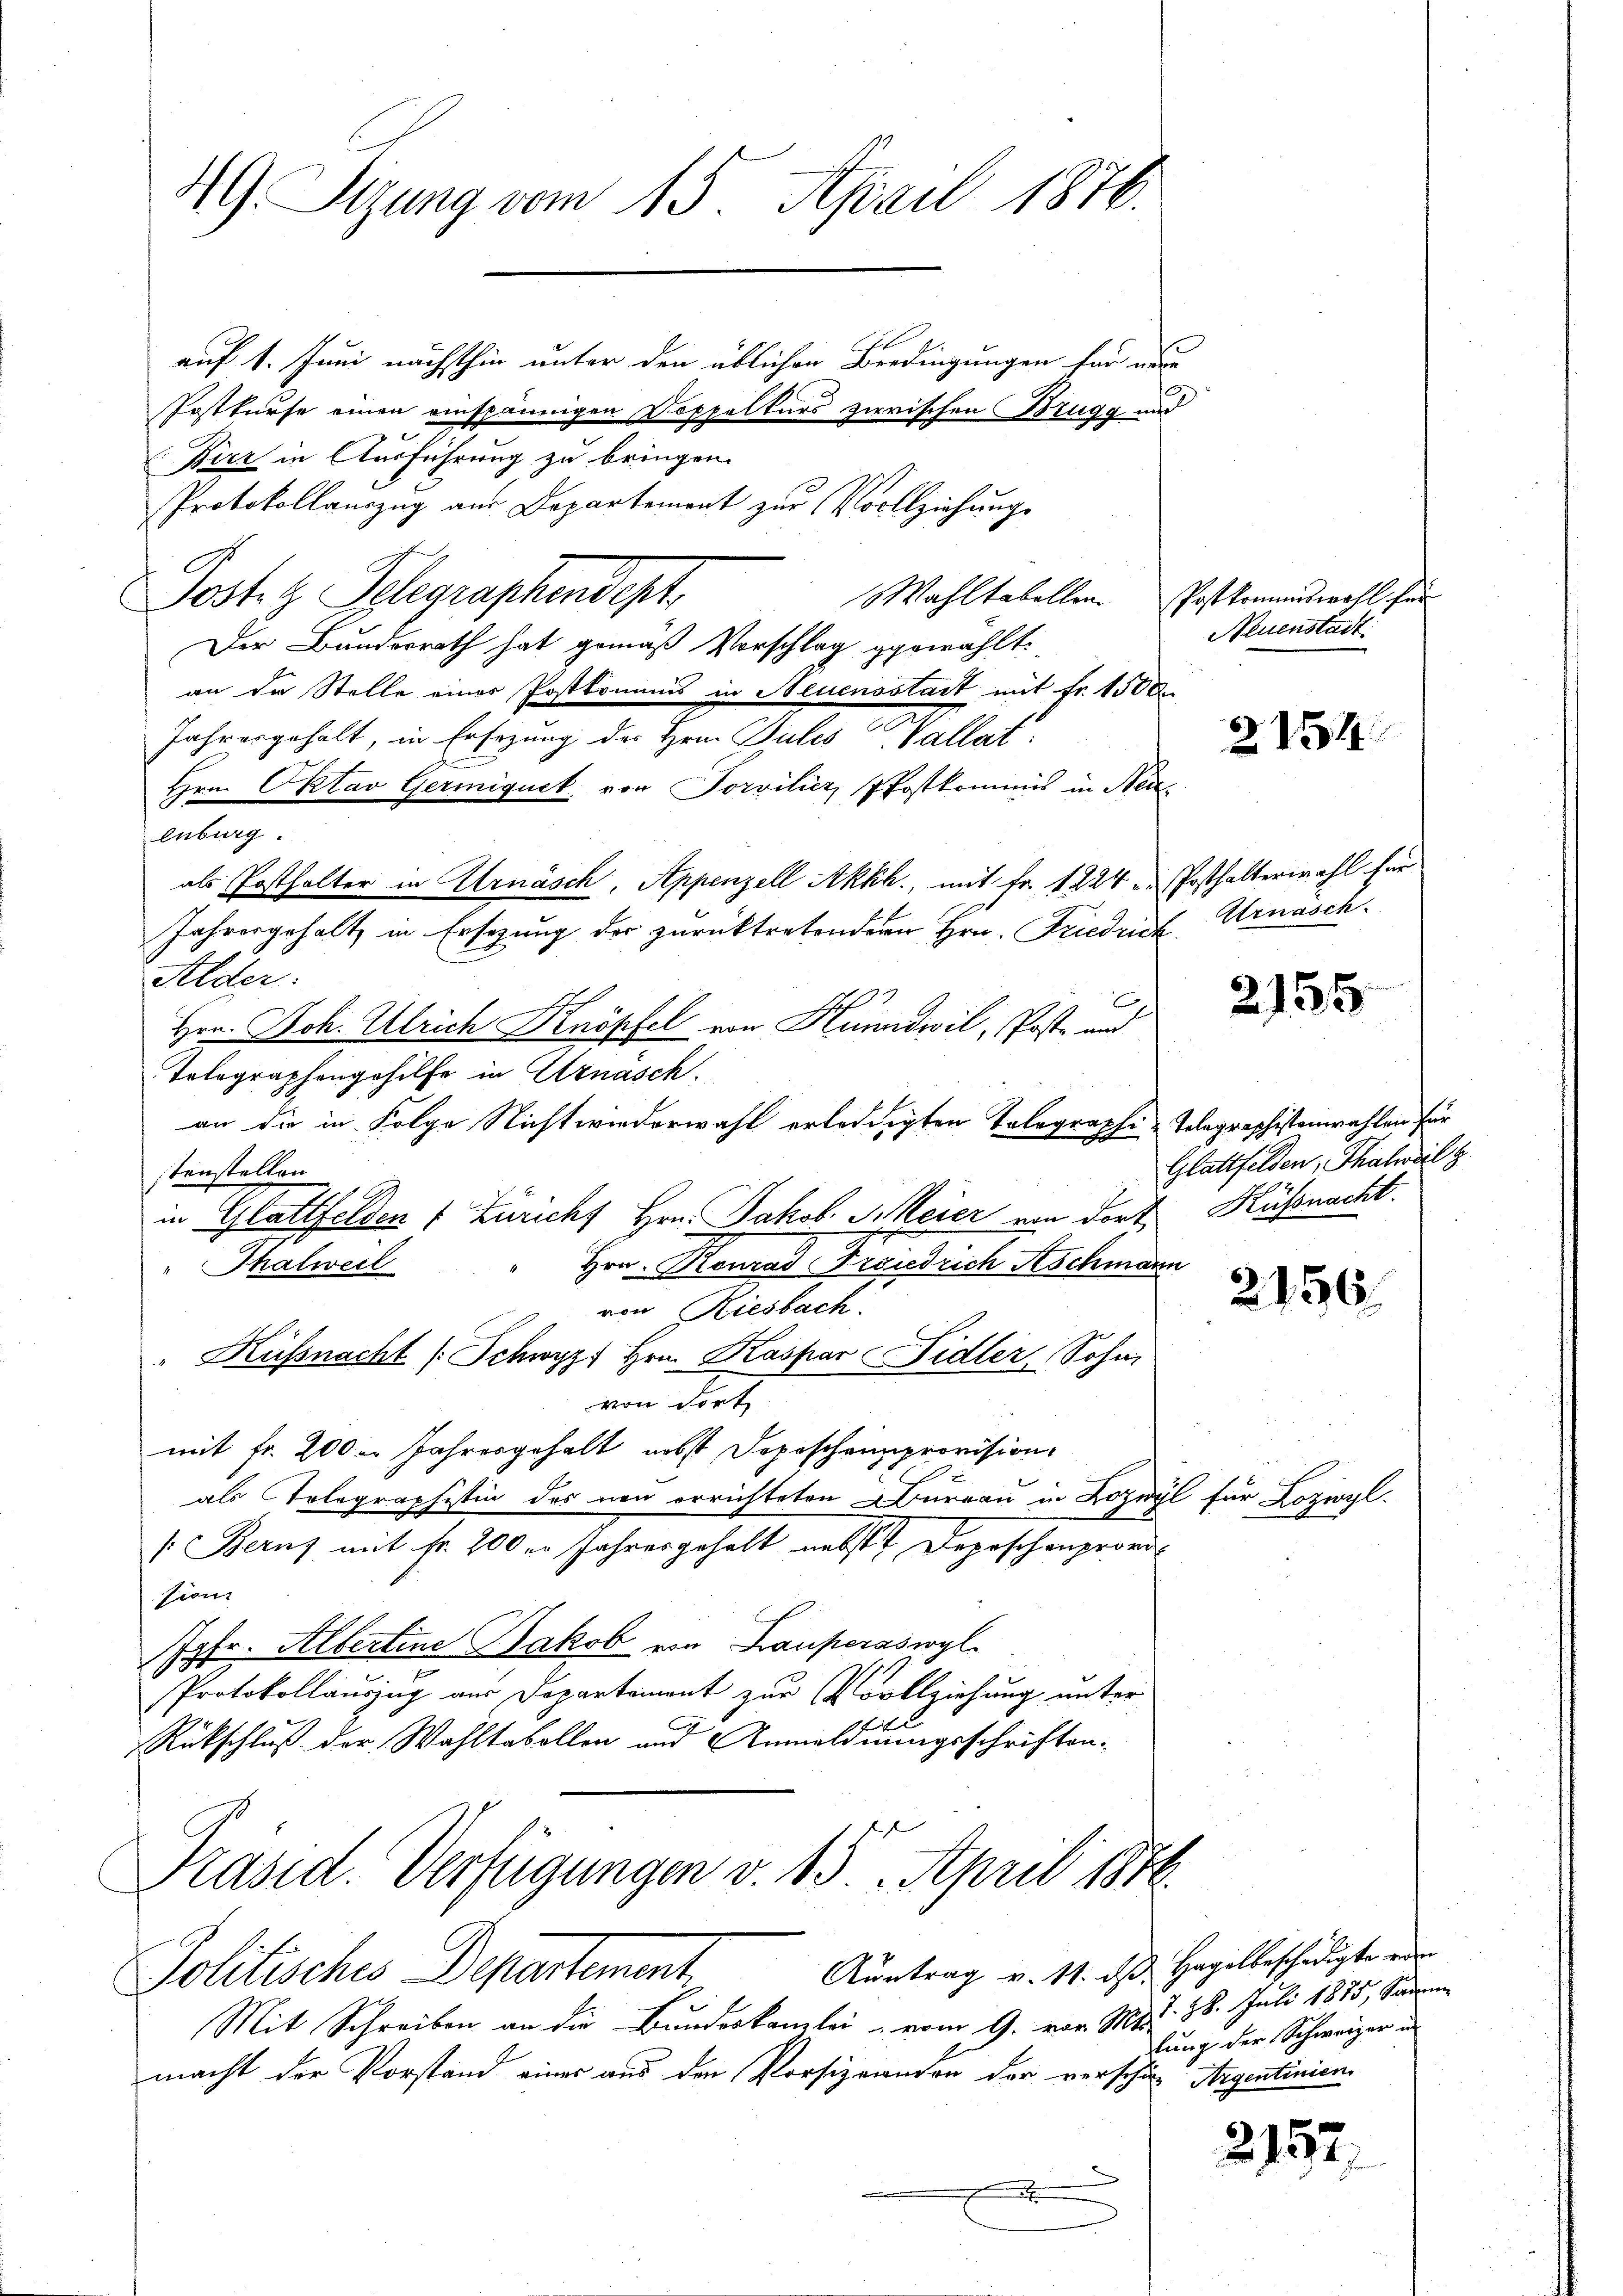
49 Sizung vom 15. April 1876.

Birz in Ausführung zu bringen.
Protokollauszug aus Departement zur Vollziehung
Post z. Telegraphendest
Wahltabellen. Postkommswohl für
Der Bundesrath hat gemäß Vorschlag gewählt:
an da Stelle einer Postkommis in Neuensstadt mit Fr. 1500
Jahresgehalt, in Ersezung des Hrn. Pules Wallat
Hrn. Oktav Germiquet von Sorviliez, Postkommis in Neuenburg.
als Posthalter in Arnäsch, Appenzell Akkh., mit Fr. 1224 u. Posthalterwahl für
Jahresgehalt in Ersezung der zurücktretenderer Hrn. Friedrich, Urnäsch.
Alder.
Hrn. Joh. Ulrich Knöpfel von Hundwil, Post- und
Tolographengehilfe in Uznasch.
an die in Folge Nicht wiederwahl erledigten Tolographi-Telegraphistenwahlen für
stenstellen
in Glattfelden 1 Züricht Hrn. Jakob. Meier von dort
Hrn. Konrad Friedrich Aschmann
 Thalweil
von Riesbach.
" Küssnacht (Schwyz. Hrn. Kaspar Fidler, Sohn,
von dort
mit fr. 200 Jahresgehalt nebst Depeschenzprovision
als Telegraphistin des neu errichteten Bureau in Lozwyl für Lozioy
(Berns mit fr. 200 er Jahresgehalt nebst Depeschenprovi
Firu
7fr. Albertine Jakob von Krauperaswyl
Protokollauszug aus Departemont zur Vollziehung unter
Rückschluß der Wahltabellen und Anmeldungsschriften.

auf 1. Juni nächsthin unter den üblichen Berdingungen für neue
Postkurse einen einspännigen Doppelkurs zwischen Brugg und

Präsid. Verfügungen v. 15. April 1846.

Austrag v. 11. ds. Hagelbeschädigte ein
Politisches Departement.
Mit Schreiben an die Bundeskanzlei vom 9. vor. Mts.
macht der Vorstand einer aus den Vorsigranden der verschen Argentinien

Neuenstadt

2154

2155

Glattfelden, Thalweil z
Küßnacht.

2156.

7. 28. Juli 1875, Samm
lung der Schweizer in

2152.

l.